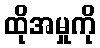
ထိုအမှုကို